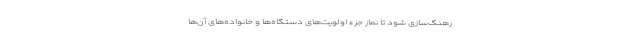
رهنگ‌سازی شود تا نماز جزء اولویت‌های دستگاه‌ها و خانواده‌های آن‌ها